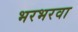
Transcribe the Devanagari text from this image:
भरभरवा